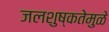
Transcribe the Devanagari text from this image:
जलशुष्कतेमुळे